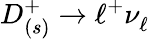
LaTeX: D_{(s)}^{+}\to\ell^{+}\nu_{\ell}^{}